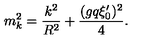
m _ { k } ^ { 2 } = { \frac { k ^ { 2 } } { R ^ { 2 } } } + { \frac { ( g q \xi _ { 0 } ^ { \prime } ) ^ { 2 } } { 4 } } .